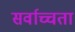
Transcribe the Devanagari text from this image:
सर्वाच्चता